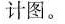
计图。